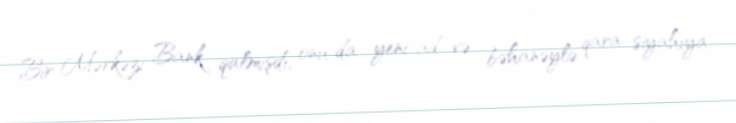
Bir Mərkəzi Bank qalmışdı, onu da yeni ad və bəhanəylə qara siyahıya